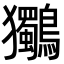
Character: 𮭞